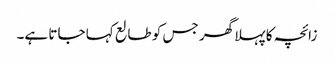
زائچہ کا پہلا گھر جس کو طالع کہا جاتا ہے۔